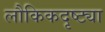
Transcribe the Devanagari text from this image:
लौकिकदृष्ट्या